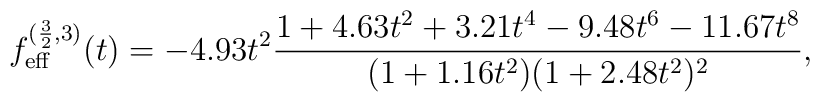
f_{\mathrm{eff}}^{(\frac{3}{2},3)}(t)=-4.93t^2\frac{1+4.63t^2+3.21t^4-9.48t^6-11.67t^8}{(1+1.16t^2)(1+2.48t^2)^2},